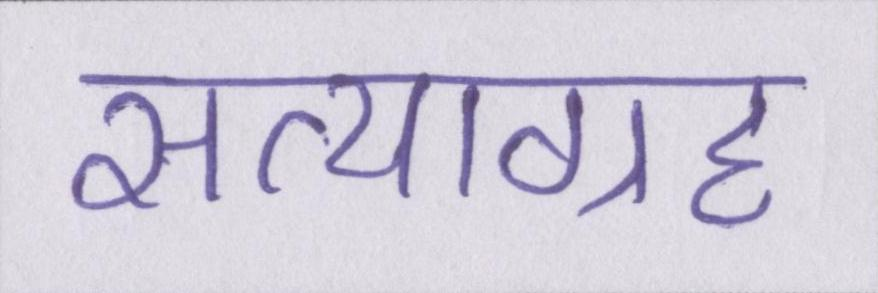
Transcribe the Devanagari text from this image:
सत्याग्रह